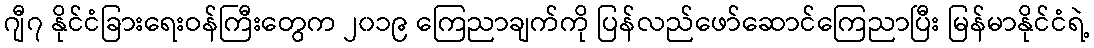
ဂျီ၇ နိုင်ငံခြားရေးဝန်ကြီးတွေက ၂၀၁၉ ကြေညာချက်ကို ပြန်လည်ဖော်ဆောင်ကြေညာပြီး မြန်မာနိုင်ငံရဲ့